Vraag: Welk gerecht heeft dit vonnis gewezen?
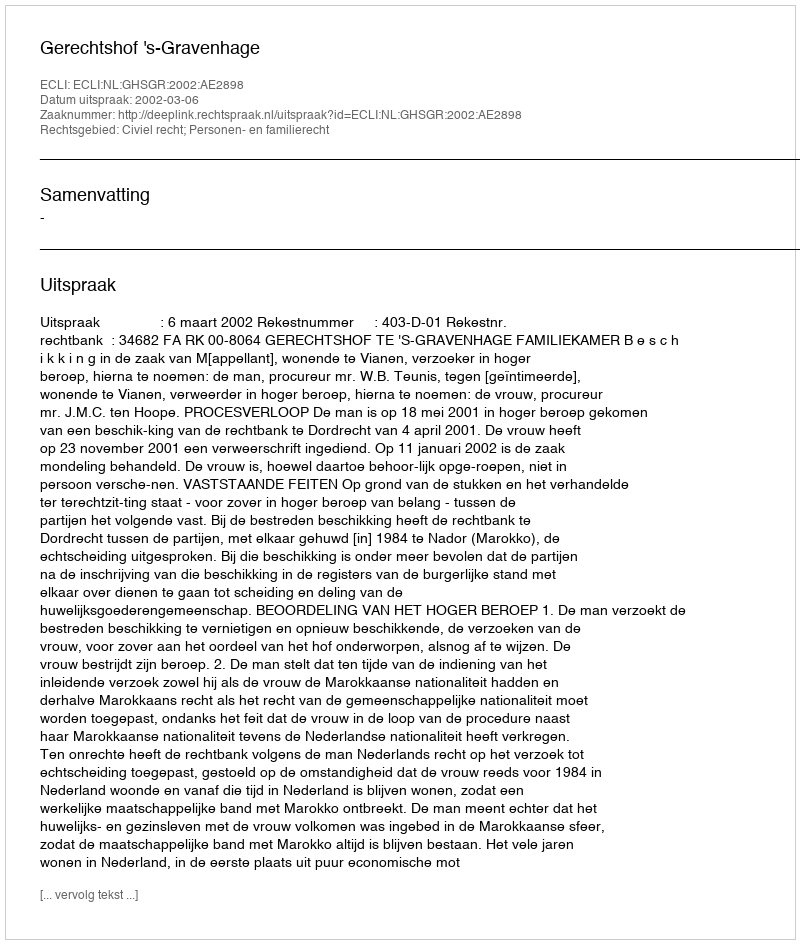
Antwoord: Gerechtshof 's-Gravenhage